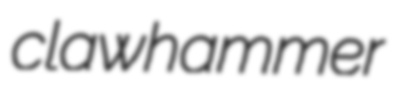
clawhammer